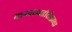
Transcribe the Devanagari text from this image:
मानवाव्यतीरीक्तच्या